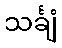
သင်္ချံ